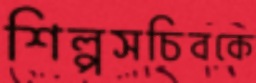
শিল্পসচিবকে